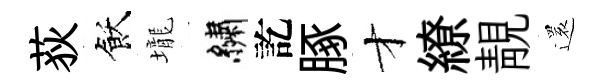
荻飫壠繡訖䐁才繚靚還